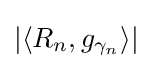
|\langle R_{n},g_{\gamma _{n}}\rangle |